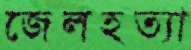
জেলহত্যা